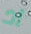
اد